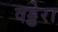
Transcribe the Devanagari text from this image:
वड्डेरा